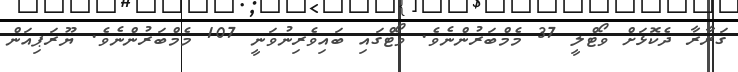
ގަރާރާ ދެކޮޅަށް ވޯޓްލީ 37 މެމްބަރުންނެވެ. ވޯޓްގައި ބައިވެރިނުވަނީ 107 މެމްބަރުންނެވެ. ޔޫރަޕިއަން